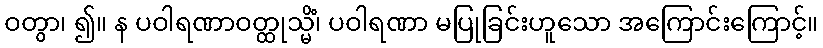
ဝတွာ၊ ၍။ န ပဝါရဏာဝတ္ထုသ္မိံ၊ ပဝါရဏာ မပြုခြင်းဟူသော အကြောင်းကြောင့်။